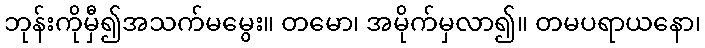
ဘုန်းကိုမှီ၍အသက်မမွေး။ တမော၊ အမိုက်မှလာ၍။ တမပရာယနော၊